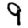
Digit: 9